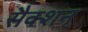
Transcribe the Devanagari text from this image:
सैक्शन